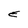
Character: E